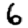
Digit: 6